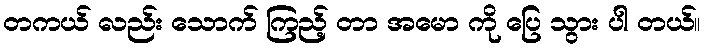
တကယ် လည်း သောက် ကြည့် တာ အမော ကို ပြေ သွား ပါ တယ်။